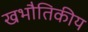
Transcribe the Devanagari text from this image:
खभौतिकीय